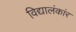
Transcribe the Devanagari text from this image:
विद्यालंकांर